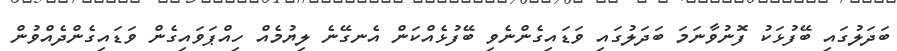
ބަދަލުގައި ބޭފުޅަކު ފޮނުވާނަމަ ބަދަލުގައި ވަޑައިގެންނެވި ބޭފުޅެއްކަން އެނގޭނެ ލިޔުމެއް ހިއްޕަވައިގެން ވަޑައިގެންދެއްވުން